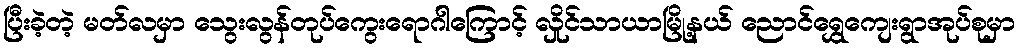
ပြီးခဲ့တဲ့ မတ်လမှာ သွေးလွန်တုပ်ကွေးရောဂါကြောင့် လှိုင်သာယာမြို့နယ် ညောင်ရွှေကျေးရွာအုပ်စုမှာ